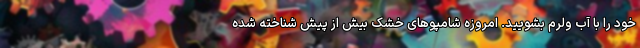
خود را با آب ولرم بشویید. امروزه شامپوهای خشک بیش از پیش شناخته شده